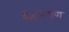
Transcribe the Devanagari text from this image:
केंद्रभगण